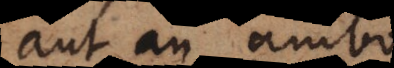
aut an ambo